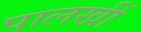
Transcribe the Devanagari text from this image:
पालखीं